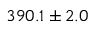
3 9 0 . 1 \pm 2 . 0